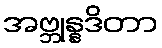
အဗ္ဘုန္နဒိတာ